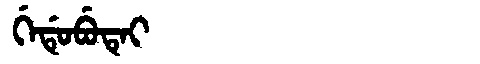
Manchu: ᡤᡝᡩᡠᠪᡠᡨᡝᡳ
Romanization: GEDUBUTEI